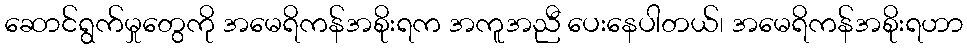
ဆောင်ရွက်မှုတွေကို အမေရိကန်အစိုးရက အကူအညီ ပေးနေပါတယ်၊ အမေရိကန်အစိုးရဟာ